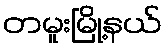
တမူးမြို့နယ်